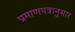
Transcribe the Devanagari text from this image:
प्रमाणपत्रानुसार